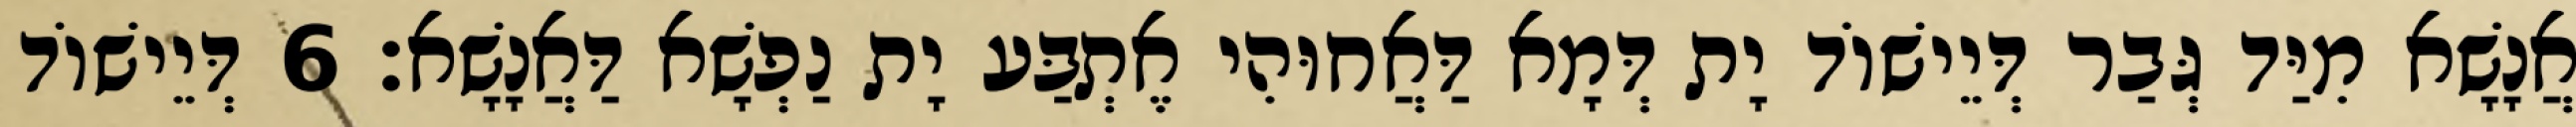
אֲנָשָׁא מִיַּד גְּבַר דְּיֵישׁוֹד יָת דְּמָא דַּאֲחוּהִי אֶתְבַּע יָת נַפְשָׁא דַּאֲנָשָׁא׃ 6 דְּיֵישׁוֹד